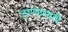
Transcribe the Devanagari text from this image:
ठाण्यासाठी